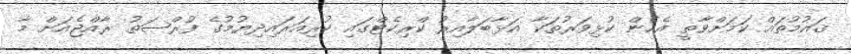
ޤައުމުތައް ކަމަށްވާތީ އެހެން ކުޅިވަރުތަކާ އަޅާބަލާއިރު ކްރިކެޓްގައި ކުރިއަރައިދިޔުމުގެ ފުރްޞަތު ރާއްޖެއަށް މާ